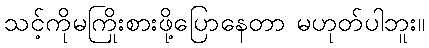
သင့်ကိုမကြိုးစားဖို့ပြောနေတာ မဟုတ်ပါဘူး။